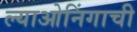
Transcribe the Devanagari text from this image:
ल्याओनिंगाची